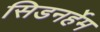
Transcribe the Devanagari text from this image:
सिडनर्हेम